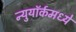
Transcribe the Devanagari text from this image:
न्युयॉर्कमध्ये